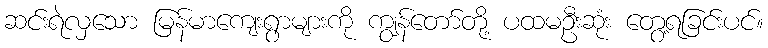
ဆင်းရဲလှသော မြန်မာကျေးရွာများကို ကျွန်တော်တို့ ပထမဦးဆုံး တွေ့ရခြင်းပင်။